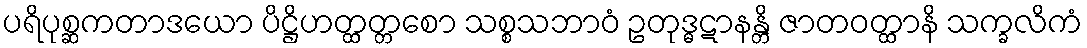
ပရိပုစ္ဆကတာဒယော ပိဋ္ဌိဟတ္ထတ္တစော သစ္စသဘာဝံ ဥတုဒ္ဓဋာနန္တိ ဇာတဝတ္ထာနိ သက္ခလိကံ